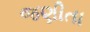
જણીતા